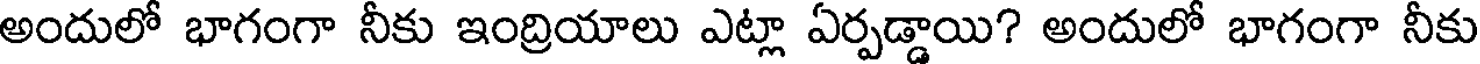
అందులో భాగంగా నీకు ఇంద్రియాలు ఎట్లా ఏర్పడ్డాయి? అందులో భాగంగా నీకు